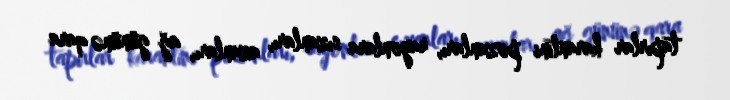
tapırlar karantini pozanları, rayonlara sızanları, azanları, ağ gününə qara